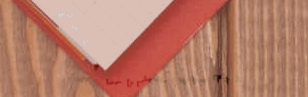
بيع وشراء الأثاث المنزلي